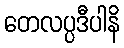
တေလပ္ပဒီပါနိ